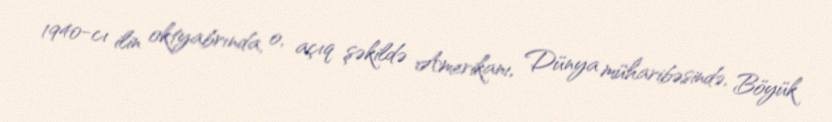
1940-cı ilin oktyabrında, o, açıq şəkildə Amerikanı, Dünya müharibəsində, Böyük